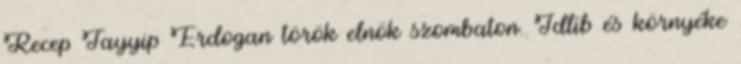
Recep Tayyip Erdogan török elnök szombaton. Idlíb és környéke